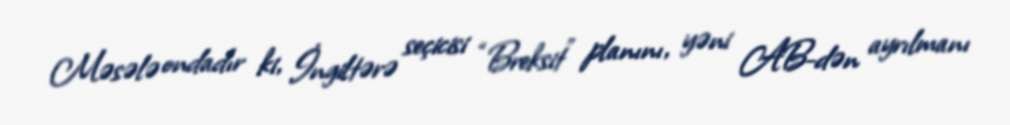
Məsələ ondadır ki, İngiltərə seçicisi “Breksit” planını, yəni AB-dən ayrılmanı